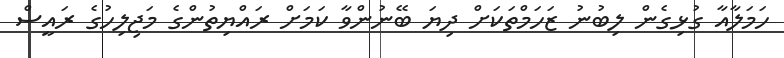
ހަމަލާއާ ގުޅިގެން ލިބުނު ޒަހަމްތަކަށް ދިޔަ ބޭނުންވާ ކަމަށް ރައްޔިތުންގެ މަޖިލިހުގެ ރައީސް